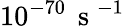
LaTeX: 10^{-70}\, \mathrm{~s~}^{-1}